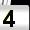
Digit: 4